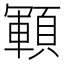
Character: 顐